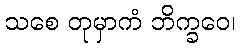
သစေ တုမှာကံ ဘိက္ခဝေ၊